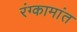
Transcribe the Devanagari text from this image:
रंग्कामांत